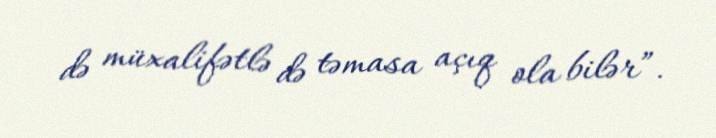
də müxalifətlə də təmasa açıq ola bilər”.